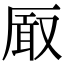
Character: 𭆐